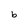
Character: b